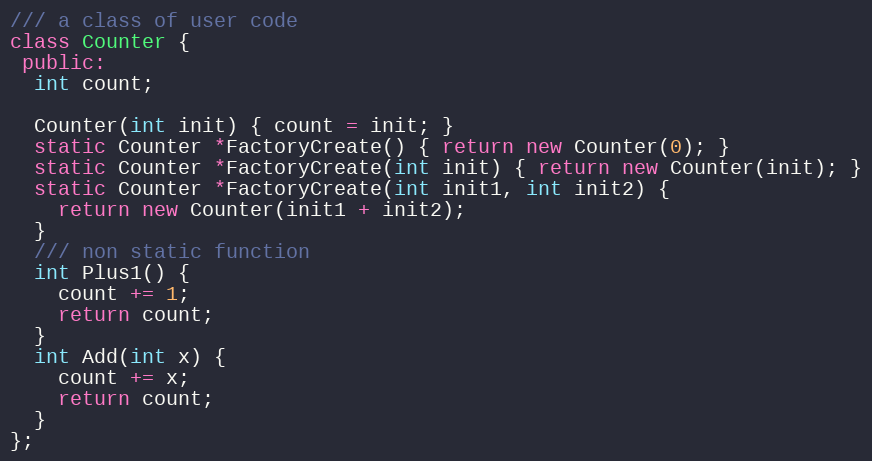
Language: C++
/// a class of user code
class Counter {
 public:
  int count;

  Counter(int init) { count = init; }
  static Counter *FactoryCreate() { return new Counter(0); }
  static Counter *FactoryCreate(int init) { return new Counter(init); }
  static Counter *FactoryCreate(int init1, int init2) {
    return new Counter(init1 + init2);
  }
  /// non static function
  int Plus1() {
    count += 1;
    return count;
  }
  int Add(int x) {
    count += x;
    return count;
  }
};